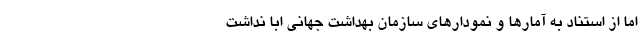
اما از استناد به آمارها و نمودارهای سازمان بهداشت جهانی ابا نداشت